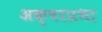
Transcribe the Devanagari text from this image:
अक्षरप्रभा